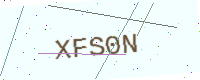
Text: XFS0N